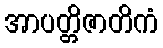
အာပတ္တိဇာတိကံ